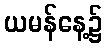
ယမန်နေ့၌